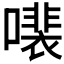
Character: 𫬍